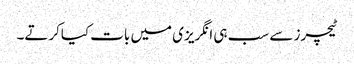
ٹیچرز سے سب ہی انگریزی میں بات کیاکرتے۔